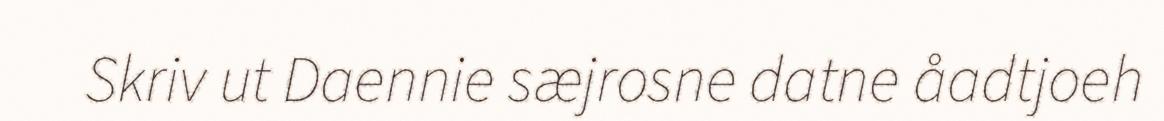
Skriv ut Daennie sæjrosne datne åadtjoeh